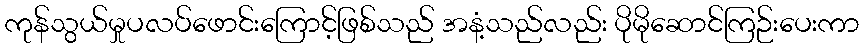
ကုန်သွယ်မှုပလပ်ဖောင်းကြောင့်ဖြစ်သည် အနံ့သည်လည်း ပိုမိုဆောင်ကြဉ်းပေးကာ